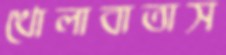
খোলাবাতাস